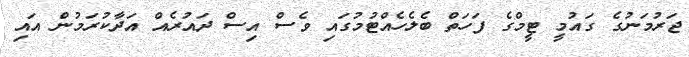
ޖަރުމަނުގެ ގައުމީ ޓީމްގެ ފަހަތް ބެލެހެއްޓުމުގައި ވެސް އިސް ދައުރެއް އަދާކުރަމުން އައި